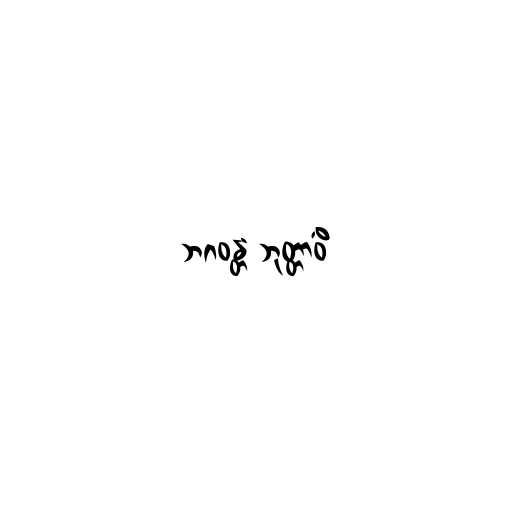
ဘဂဝန္တံ ဘုတ္တာဝိံ